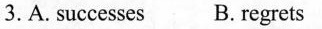
3. A. successes B.regrets